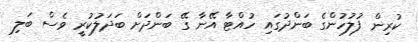
ކުރިން ފުލުހުންގެ ބަންދުގައި ހުއްޓާ އޭނާ ގޭ ބަންދަށް ބަދަލުކުރީ ވެސް ބަލި